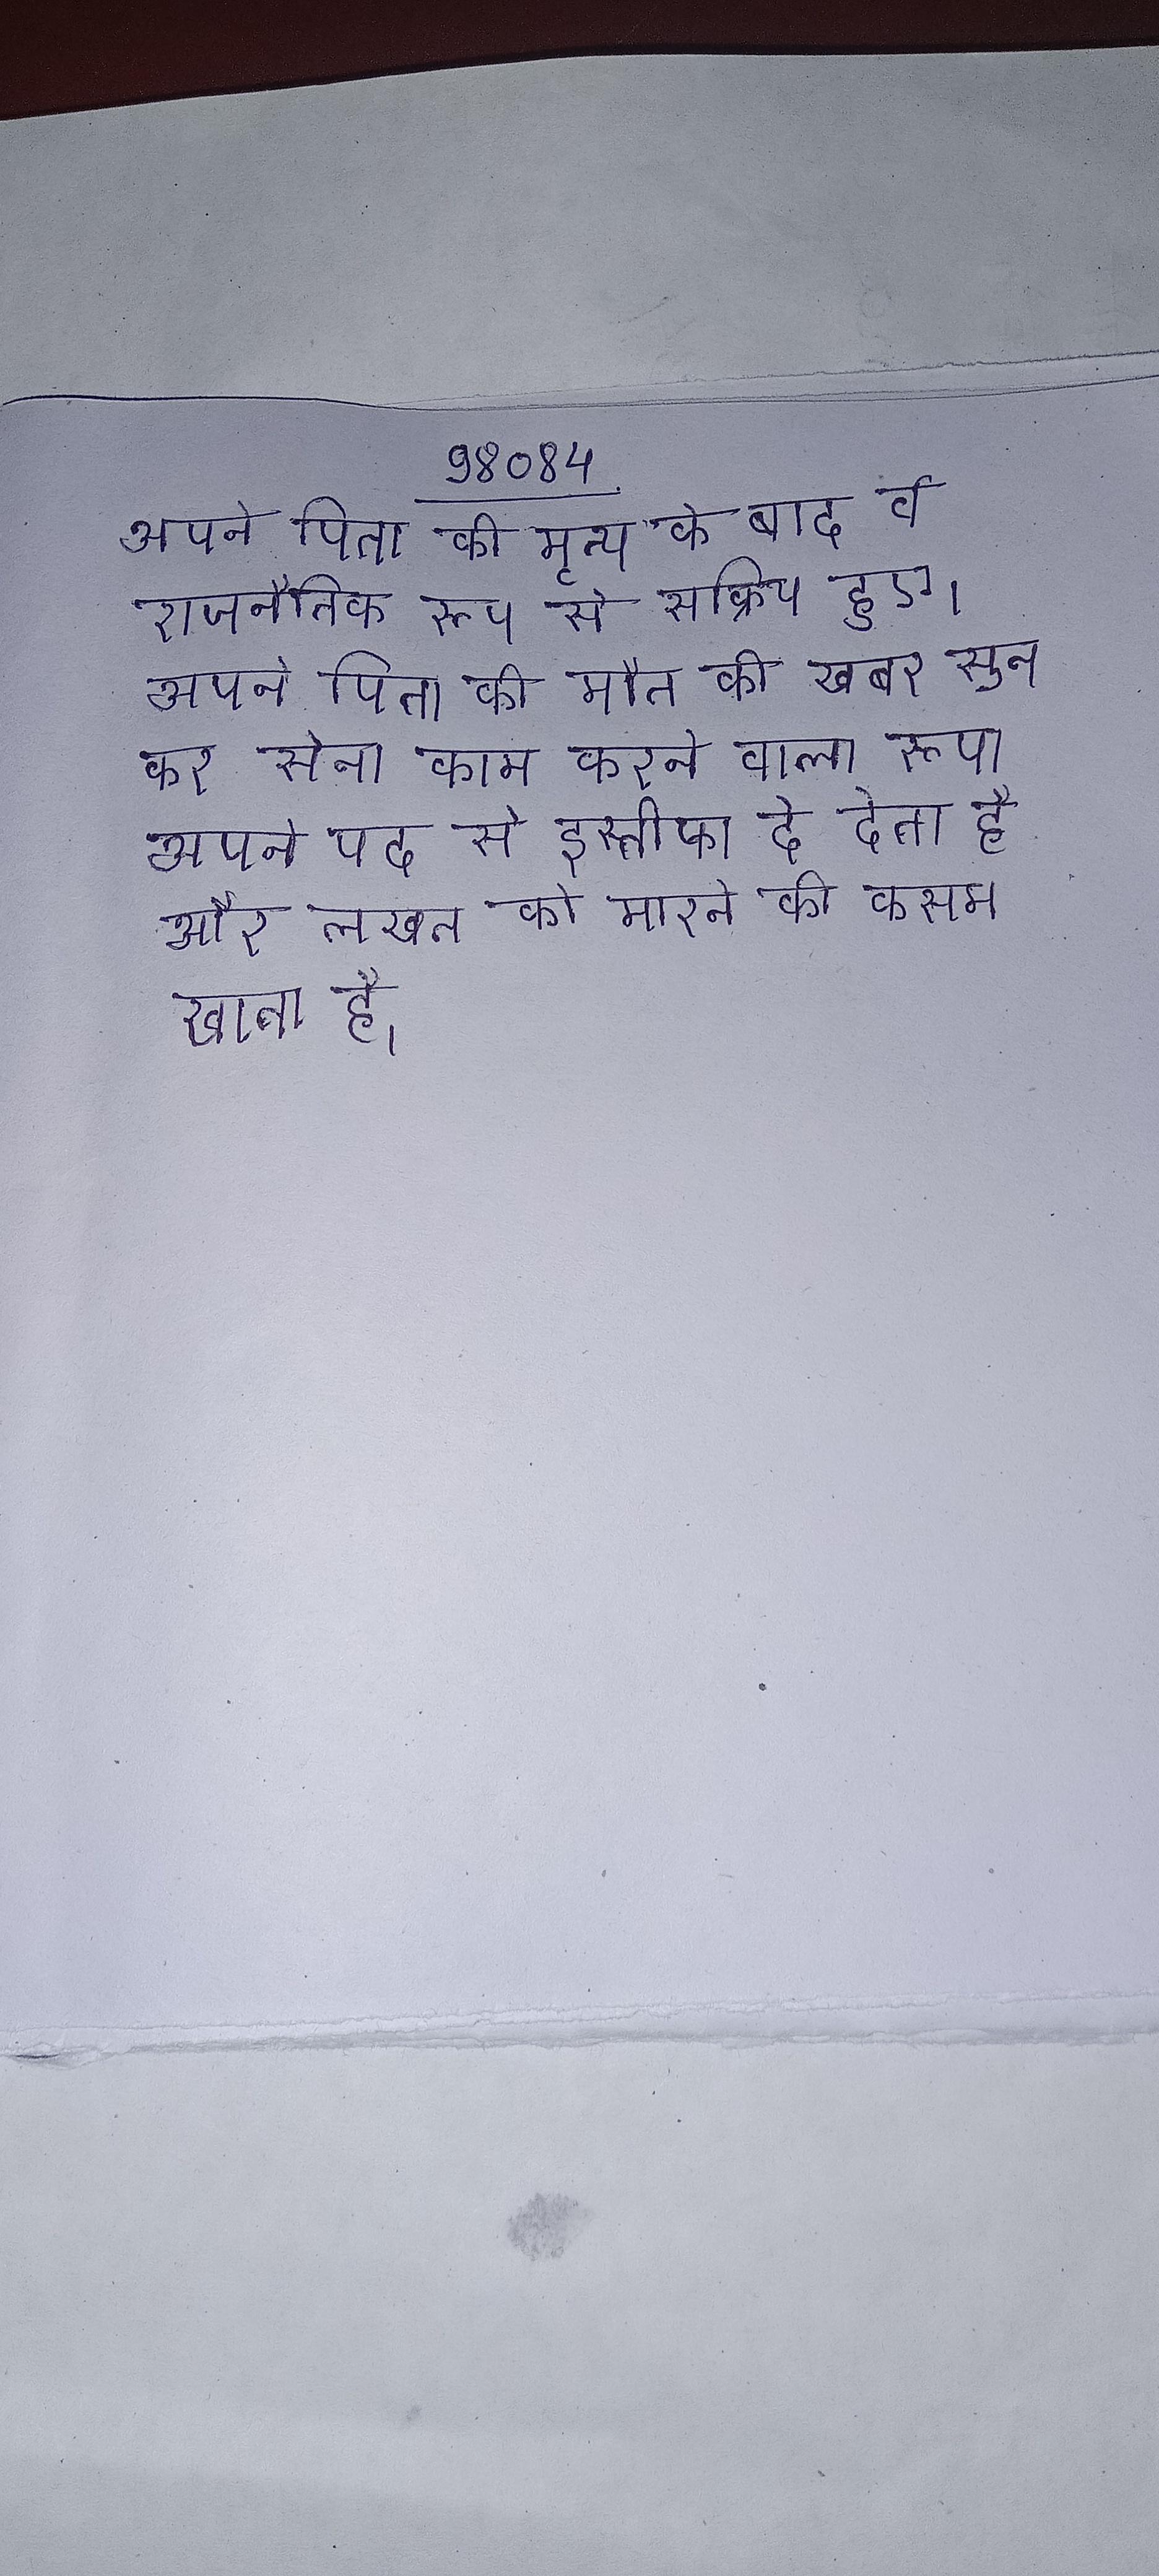
अपने पिता की मृत्यू के बाद वे राजनैतिक रूप से सक्रिय हुए । अपने पिता की मौत की खबर सुन कर सेना काम करने वाला रूपा अपने पद से इस्तीफा दे देता है और लखन को मारने की कसम खाता है ।